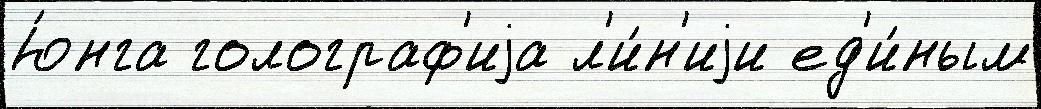
Ю́нга голограф'иjа л'и́н'иjи ед'и́ным